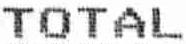
TOTAL